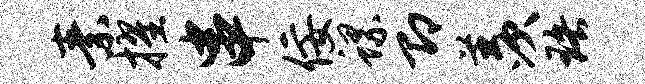
素擢串佞螺即羡珞